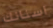
اسنانك